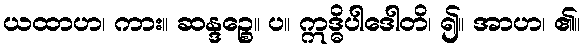
ယထာဟ၊ ကား။ ဆန္ဒဉ္စေ။ ပ။ ဣဒ္ဓိပါဒေါတိ၊ ၍။ အာဟ၊ ၏။